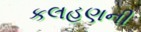
કલહણની